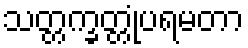
သတ္တက္ခတ္တုံပရမတာ